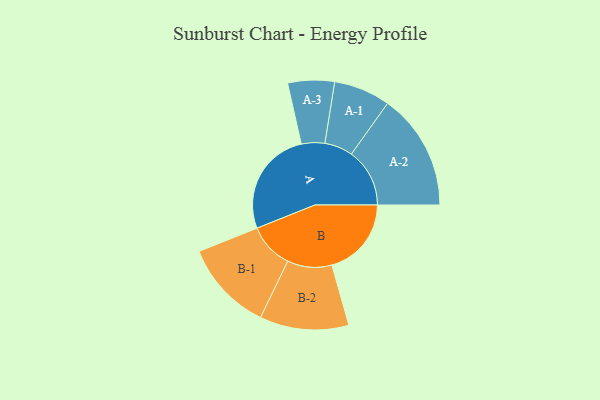
{"axis": {"x": "Segment", "y": "Value"}, "legend": ["", "A", "B"], "data": [{"x": "A", "y": 491, "type": ""}, {"x": "B", "y": 368, "type": ""}, {"x": "A-1", "y": 131, "type": "A"}, {"x": "A-2", "y": 270, "type": "A"}, {"x": "A-3", "y": 108, "type": "A"}, {"x": "B-1", "y": 210, "type": "B"}, {"x": "B-2", "y": 206, "type": "B"}]}